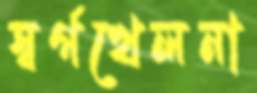
স্বর্গখেলনা